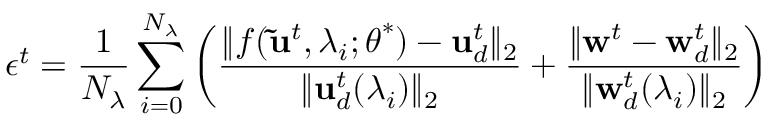
\epsilon ^ { t } = \frac { 1 } { N _ { \lambda } } \sum _ { i = 0 } ^ { N _ { \lambda } } \left( \frac { \lVert f ( \mathbf { \widetilde { u } } ^ { t } , \lambda _ { i } ; \boldsymbol { \theta } ^ { * } ) - \mathbf { u } _ { d } ^ { t } \rVert _ { 2 } } { \lVert \mathbf { u } _ { d } ^ { t } ( \lambda _ { i } ) \rVert _ { 2 } } + \frac { \lVert \mathbf { w } ^ { t } - \mathbf { w } _ { d } ^ { t } \rVert _ { 2 } } { \lVert \mathbf { w } _ { d } ^ { t } ( \lambda _ { i } ) \rVert _ { 2 } } \right)